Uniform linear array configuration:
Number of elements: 4
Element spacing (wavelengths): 1
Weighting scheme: binomial
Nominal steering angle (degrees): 0
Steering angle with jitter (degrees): -1.093
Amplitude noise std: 0.05
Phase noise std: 0.05

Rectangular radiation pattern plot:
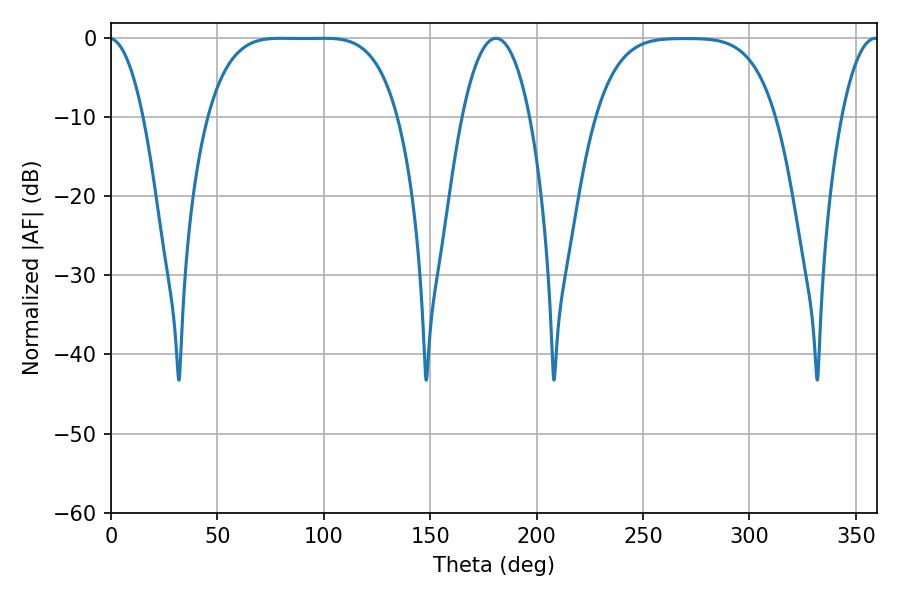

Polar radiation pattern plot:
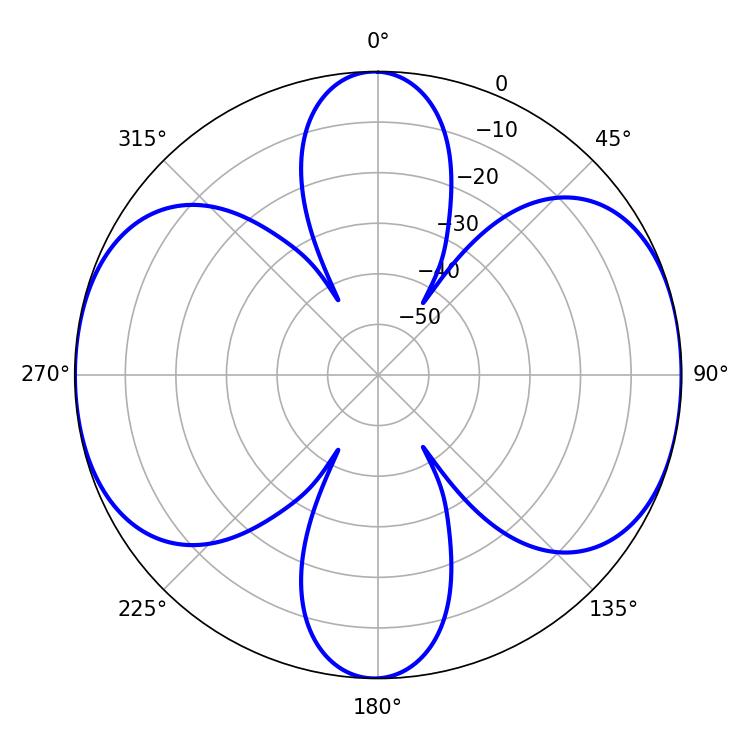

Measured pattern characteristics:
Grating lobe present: TRUE
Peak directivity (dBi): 13.095
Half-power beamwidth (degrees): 17.64
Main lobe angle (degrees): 180.9